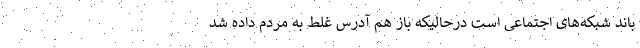
باند شبکه‌های اجتماعی است درحالیکه باز هم آدرس غلط به مردم داده شد